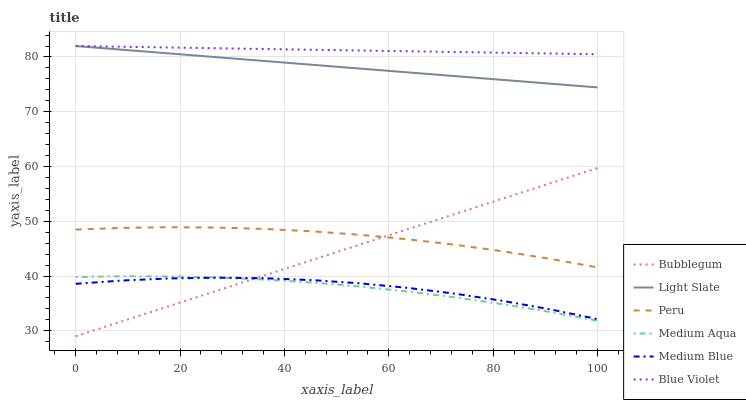
| xaxis_label | Bubblegum | Light Slate | Peru | Medium Aqua | Medium Blue | Blue Violet |
 | --- | --- | --- | --- | --- | --- | --- |
 | 0 | 29 | 82 | 48.5 | 39.8 | 38.6 | 82 |
 | 9.09 | 31.8 | 81.3 | 48.8 | 40 | 39.2 | 81.9 |
 | 18.2 | 34.6 | 80.6 | 48.9 | 39.9 | 39.6 | 81.7 |
 | 27.3 | 37.4 | 79.9 | 48.8 | 39.7 | 39.7 | 81.6 |
 | 36.4 | 40.2 | 79.3 | 48.6 | 39.3 | 39.6 | 81.5 |
 | 45.5 | 43 | 78.6 | 48.1 | 38.8 | 39.2 | 81.3 |
 | 54.5 | 45.8 | 77.9 | 47.5 | 38.1 | 38.7 | 81.2 |
 | 63.6 | 48.5 | 77.2 | 46.7 | 37.2 | 37.8 | 81 |
 | 72.7 | 51.3 | 76.5 | 45.7 | 36.1 | 36.8 | 80.9 |
 | 81.8 | 54.1 | 75.8 | 44.5 | 34.9 | 35.5 | 80.8 |
 | 90.9 | 56.9 | 75.1 | 43.1 | 33.4 | 33.9 | 80.6 |
 | 100 | 59.7 | 74.4 | 41.6 | 31.8 | 32.1 | 80.5 |